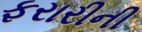
ફરારીની